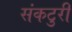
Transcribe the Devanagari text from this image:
संकटुरी